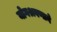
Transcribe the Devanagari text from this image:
योगश्रवणाने